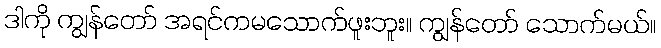
ဒါကို ကျွန်တော် အရင်ကမသောက်ဖူးဘူး။ ကျွန်တော် သောက်မယ်။